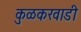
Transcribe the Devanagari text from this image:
कुळकरवाडी